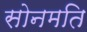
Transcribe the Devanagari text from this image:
सोनमति